Annual report of the Punjab Veterinary College and of the Civil Veterinary Department, Punjab - 1894-1908
Year: 1894
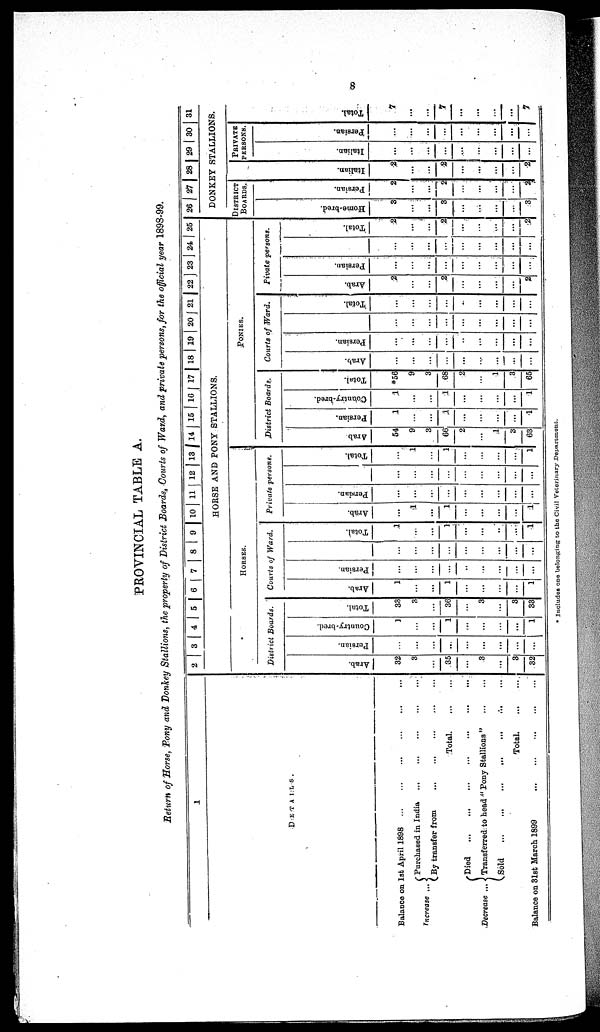
8
PROVINCIAL TABLE A.
Return of Horse, Pony and Donkey Stallions, the property of District Boards, Courts of Ward, and private persons, for the official year 1898-99.
1
DETAILS.
Balance on 1st April 1898 ... .... ...
Increase ...
Purchased in India
...
...
...
...
...
By transfer from ... ... ... ... ...
Total
...
Decrease ...
Died
...
...
...
...
Transferred.to head "Pony Stallions"
...
...
Sold ... ... ... ... ... ... ...
Total.
...
...
Balance on 31st March 1899
...
...
...
...
...
2 3 4 5 6 7 8 9 10 11 12 13 14 15 16 17 18 19 20 21 22 23 24 25
HORSE AND PONY STALLIONS.
HORSES.
District Boards.
Ar ab.
32
3
...
35
...
3
...
3
32
Per s i
an.
...
...
...
...
...
...
...
...
...
Count r
y- br e d.
1
...
...
1
...
...
...
...
1
Tot al .
33
3
...
36
...
3
...
3
33
Courts of Ward.
Ar ab.
1
...
...
1
...
...
...
...
1
Per s i
an.
...
...
...
...
...
...
...
...
...
....
...
...
...
...
...
...
...
...
Tot al .
1
...
...
1
...
...
...
...
1
Private persons.
Ar ab.
...
1
...
1
...
...
...
...
1
Per s i
an.
...
...
...
...
...
...
...
...
...
...
...
...
...
...
...
...
...
...
Tot al .
...
1
...
1
...
...
...
...
1
PONIES.
District Boards.
Ar ab
54
9
3
66
2
...
1
3
63
Per s i
an.
1
...
...
...
...
...
...
...
1
Count r
y- br e d.
1
...
...
1
...
...
...
...
1
Tot al .
*56
9
3
68
2
...
1
3
65
Courts of Ward.
Ar ab.
...
...
...
...
...
...
...
...
...
Per s i
an.
...
...
...
...
...
...
...
...
...
...
...
...
...
...
...
...
...
...
Tot al .
...
...
...
...
..
...
...
...
...
Pivate persons.
Ar ab.
2
...
...
2
...
...
...
...
2
Per s i
an.
...
...
...
...
...
...
...
...
...
...
...
...
...
...
...
...
...
...
Tot al .
2
...
...
2
...
...
...
...
2
26 27 28 29 30 31
DONKEY STALLIONS,
DISTRICT
BOARDS.
Home -
br e d.
3
...
...
3
...
...
...
...
3
Per s i
an.
2
...
...
2
...
...
...
...
2
I t al i an.
2
...
...
2
...
...
...
...
2
PRIVATE
PERSONS.
I t al i an.
...
...
...
...
...
...
...
...
...
Per s i
an.
...
...
...
...
...
...
...
...
...
Tot al .
7
...
...
7
...
...
...
...
7
* Includes one belonging to the Civil Veterinary Department.